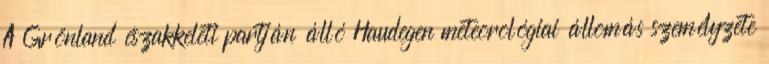
A Grönland északkeleti partján álló Haudegen meteorológiai állomás személyzete